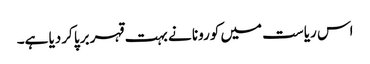
اس ریاست میں کورونا نے بہت قہر برپا کردیا ہے۔